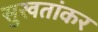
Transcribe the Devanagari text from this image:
सुखतांकर